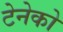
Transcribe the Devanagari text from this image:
टेनेको